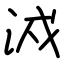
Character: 㳚